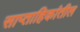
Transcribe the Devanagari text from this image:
साप्ताहिकांतील